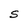
Character: S